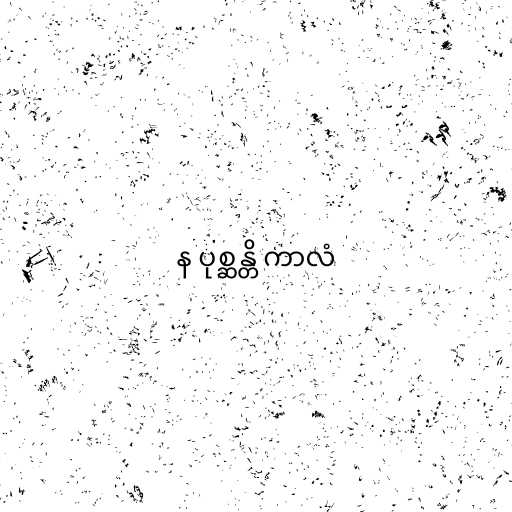
န ပုစ္ဆန္တိ ကာလံ